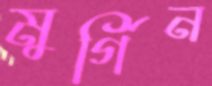
মুর্গিন